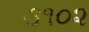
૩૧૦૨